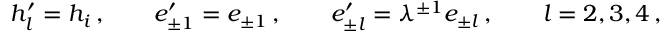
h _ { l } ^ { \prime } = h _ { i } \, , \qquad e _ { \pm 1 } ^ { \prime } = e _ { \pm 1 } \, , \qquad e _ { \pm l } ^ { \prime } = \lambda ^ { \pm 1 } e _ { \pm l } \, , \qquad l = 2 , 3 , 4 \, ,